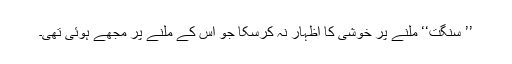
’’ سنگت‘‘ ملنے پر خوشی کا اظہار نہ کرسکا جو اس کے ملنے پر مجھے ہوئی تھی۔